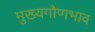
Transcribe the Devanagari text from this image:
मुख्यगौणभाव